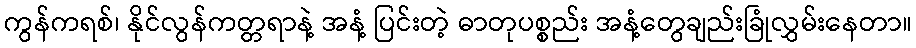
ကွန်ကရစ်၊ နိုင်လွန်ကတ္တရာနဲ့ အနံ့ ပြင်းတဲ့ ဓာတုပစ္စည်း အနံ့တွေချည်းခြုံလွှမ်းနေတာ။